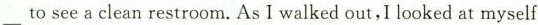
to see a clean restroom. As I walked out, I looked at myself